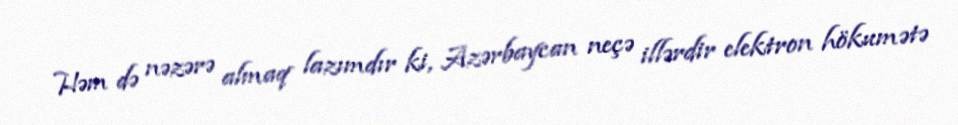
Həm də nəzərə almaq lazımdır ki, Azərbaycan neçə illərdir elektron hökumətə